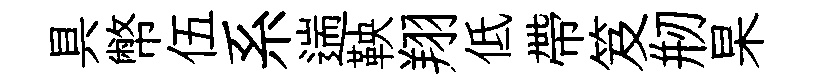
具幣伍系遄鞅翔低帶笈剏杲